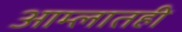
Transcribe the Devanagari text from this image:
आम्लातही